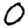
Digit: 0